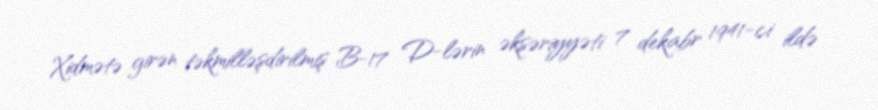
Xidmətə girən təkmilləşdirilmiş B-17 D-lərin əksəriyyəti 7 dekabr 1941-ci ildə